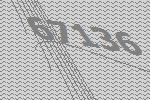
67136